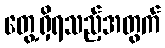
တွေ့ရှိရသည့်အတွက်